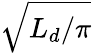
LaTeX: \sqrt{L_{d}/\pi}